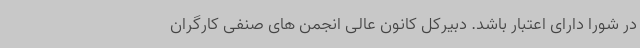
در شورا دارای اعتبار باشد. دبیرکل کانون عالی انجمن های صنفی کارگران